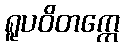
ရူပဝိတက္ကေ